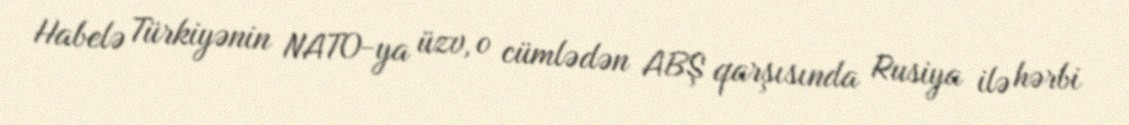
Habelə Türkiyənin NATO-ya üzv, o cümlədən ABŞ qarşısında Rusiya ilə hərbi